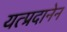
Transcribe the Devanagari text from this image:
यत्प्रदानेन